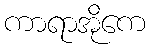
ကာရာအိုကေ